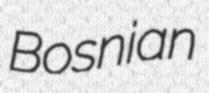
Bosnian